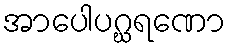
အာပေါပဂ္ဃရဏော